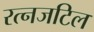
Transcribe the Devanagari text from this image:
रत्नजटिल